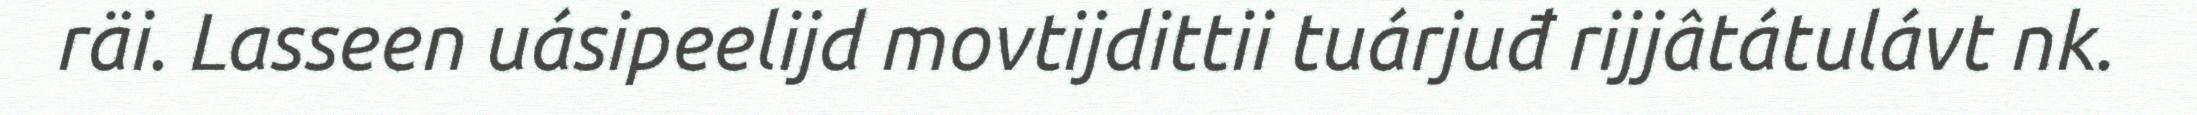
räi. Lasseen uásipeelijd movtijdittii tuárjuđ rijjâtátulávt nk.